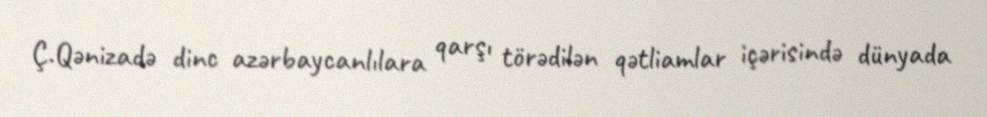
Ç.Qənizadə dinc azərbaycanlılara qarşı törədilən qətliamlar içərisində dünyada